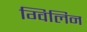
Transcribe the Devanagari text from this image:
ग्विलिन